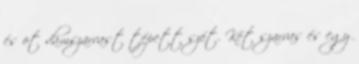
és öt dámszarvast tépett szét. Két szarvas és egy